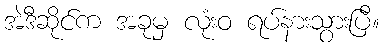
အဲဒီဆိုင်က အခုမှ လုံးဝ ရပ်နားသွားပြီ။